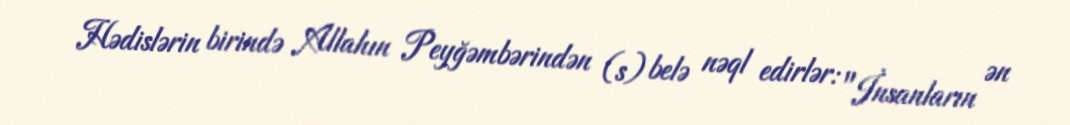
Hədislərin birində Allahın Peyğəmbərindən (s) belə nəql edirlər: "İnsanların ən